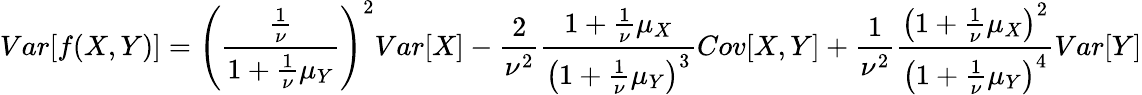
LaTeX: Var[f(X,Y)]=\left(\frac{\frac{1}{\nu}}{1+\frac{1}{\nu}\mu_{Y}}\right)^{2}Var[X]-\frac{2}{\nu^{2}}\frac{1+\frac{1}{\nu}\mu_{X}}{\left(1+\frac{1}{\nu}\mu_{Y}\right)^{3}}Cov[X,Y]+\frac{1}{\nu^{2}}\frac{\left(1+\frac{1}{\nu}\mu_{X}\right)^{2}}{\left(1+\frac{1}{\nu}\mu_{Y}\right)^{4}}Var[Y]